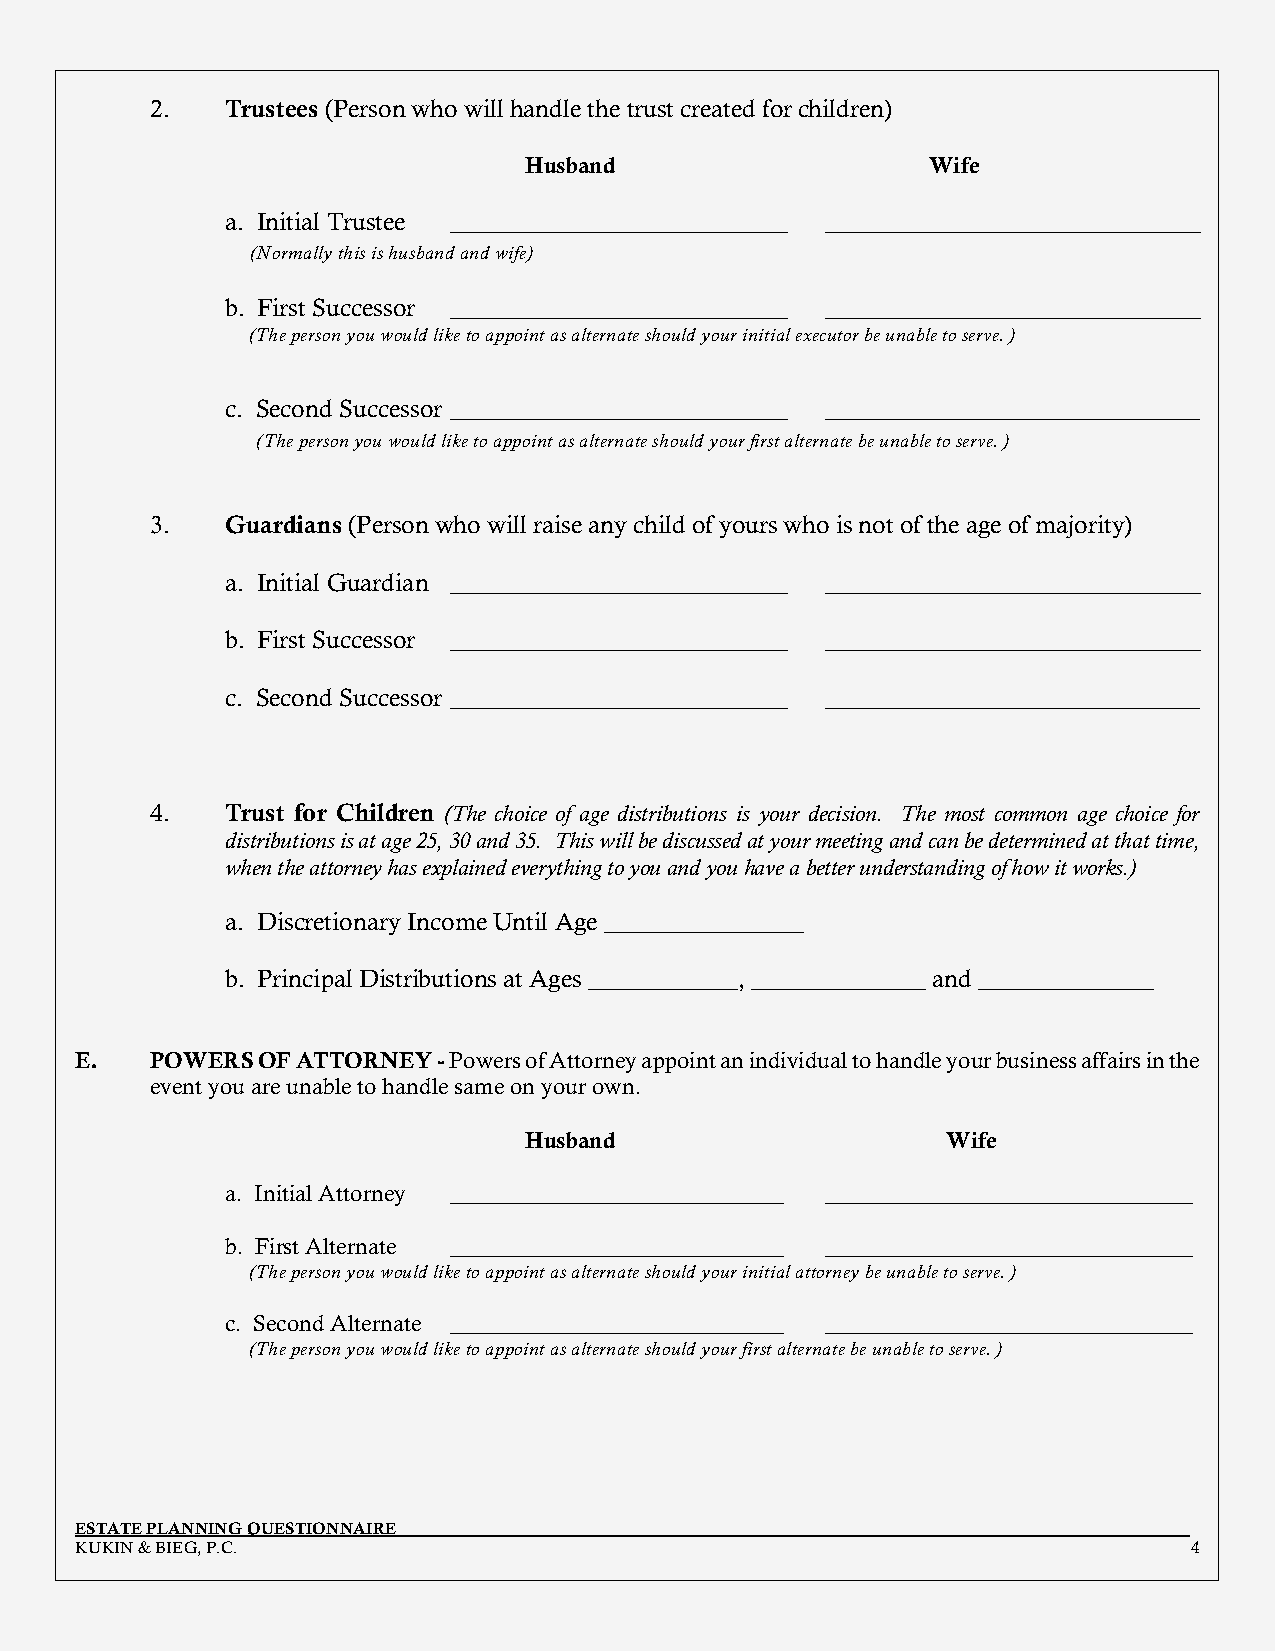
2.   Trustees (Person who will handle the trust created for children)
 Husband                    Wife
 a. Initial Trustee ___________________________ ______________________________
 (Normally this is husband and wife)
 b. First Successor ___________________________ ______________________________
 (The person you would like to appoint as alternate should your initial executor be unable to serve. )
 c. Second Successor ___________________________ ______________________________
 (The person you would like to appoint as alternate should your first alternate be unable to serve. )
 3.   Guardians (Person who will raise any child of yours who is not of the age of majority)
 a. Initial Guardian ___________________________ ______________________________
 b. First Successor ___________________________ ______________________________
 c. Second Successor ___________________________ ______________________________
 4.   Trust for Children (The choice of age distributions is your decision. The most common age choice for
 distributions is at age 25, 30 and 35. This will be discussed at your meeting and can be determined at that time,
 when the attorney has explained everything to you and you have a better understanding of how it works.)
 a. Discretionary Income Until Age ________________
 b. Principal Distributions at Ages ____________, ______________ and ______________
 E.   POWERS OF ATTORNEY - Powers of Attorney appoint an individual to handle your business affairs in the
 event you are unable to handle same on your own.
 Husband                     Wife
 a. Initial Attorney _____________________________ ________________________________
 b. First Alternate _____________________________ ________________________________
 (The person you would like to appoint as alternate should your initial attorney be unable to serve. )
 c. Second Alternate _____________________________ ________________________________
 (The person you would like to appoint as alternate should your first alternate be unable to serve. )
 ESTATE PLANNING QUESTIONNAIRE
 KUKIN & BIEG, P.C.                                                        4